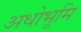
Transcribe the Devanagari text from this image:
अधोभूमि